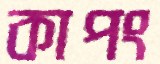
কাপং